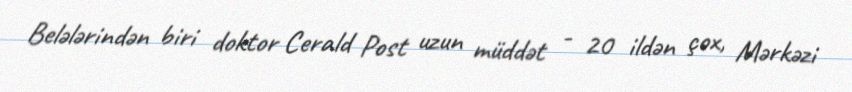
Belələrindən biri doktor Cerald Post uzun müddət - 20 ildən çox, Mərkəzi